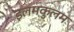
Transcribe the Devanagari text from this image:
इलमकुलम